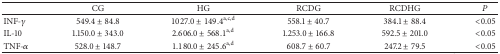
|  | CG | HG | RCDG | RCDHG | P |
 | --- | --- | --- | --- | --- | --- |
 | INF-γ | 549.4 ± 84.8 | 1027.0 ± 149.4a,c,d | 558.1 ± 40.7 | 384.1 ± 88.4 | <0.05 |
 | IL-10 | 1.150.0 ± 343.0 | 2.606.0 ± 568.1a,d | 1.253.0 ± 166.8 | 592.5 ± 201.0 | <0.05 |
 | TNF-α | 528.0 ± 148.7 | 1.180.0 ± 245.6a,d | 608.7 ± 60.7 | 247.2 ± 79.5 | <0.05 |